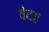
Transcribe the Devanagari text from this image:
वेद॥